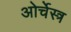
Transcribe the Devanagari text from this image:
ओर्चेस्त्र